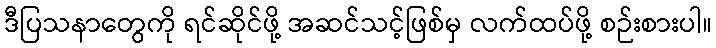
ဒီပြသနာတွေကို ရင်ဆိုင်ဖို့ အဆင်သင့်ဖြစ်မှ လက်ထပ်ဖို့ စဉ်းစားပါ။